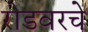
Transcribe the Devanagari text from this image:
रोडवरचे